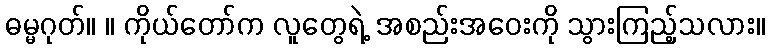
ဓမ္မဂုတ်။ ။ ကိုယ်တော်က လူတွေရဲ့ အစည်းအဝေးကို သွားကြည့်သလား။